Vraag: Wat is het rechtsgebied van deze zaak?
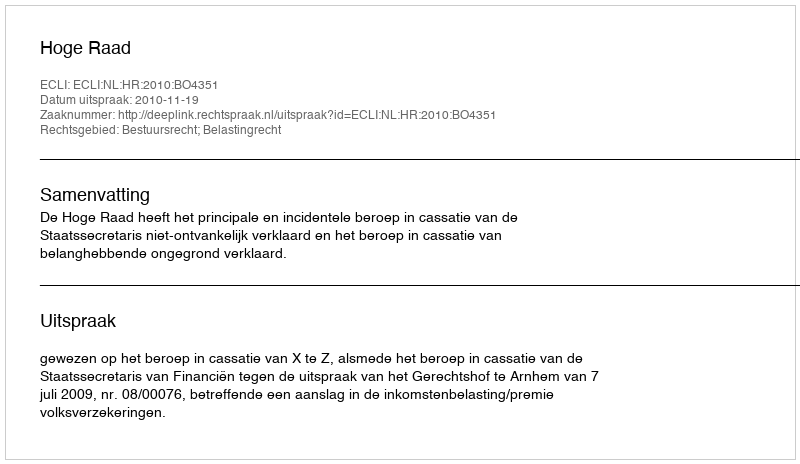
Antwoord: Bestuursrecht; Belastingrecht